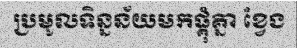
ប្រមូលទិន្នន័យមកផ្គុំគ្នា ខ្វែង